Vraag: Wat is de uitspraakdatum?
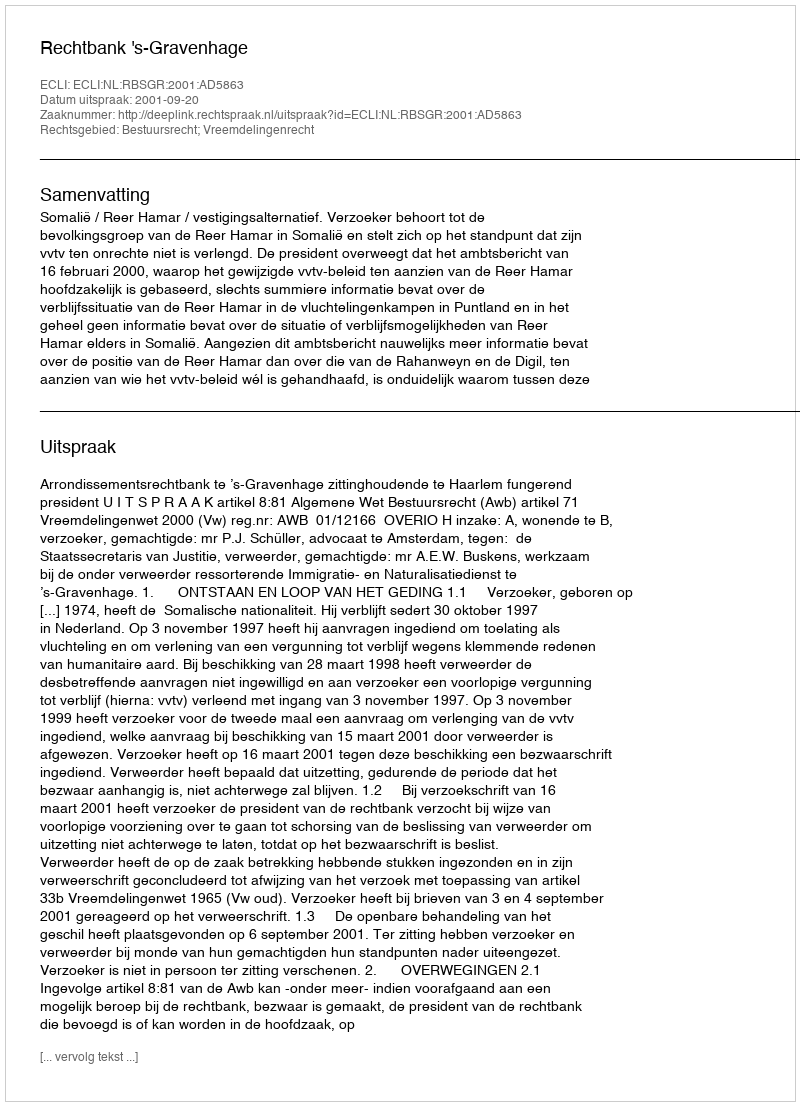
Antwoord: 2001-09-20